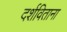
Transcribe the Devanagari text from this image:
दर्शविताना